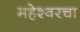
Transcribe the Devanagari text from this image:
महेश्वरचा